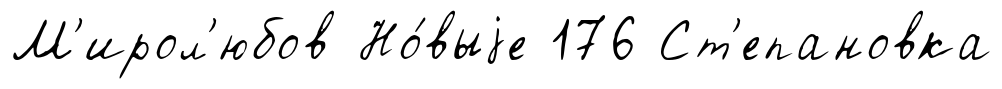
М'ирол'юбов Но́выjе 176 Ст'епановка